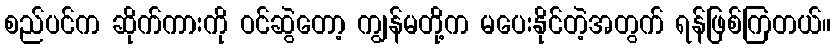
စည်ပင်က ဆိုက်ကားကို ဝင်ဆွဲတော့ ကျွန်မတို့က မပေးနိုင်တဲ့အတွက် ရန်ဖြစ်ကြတယ်။